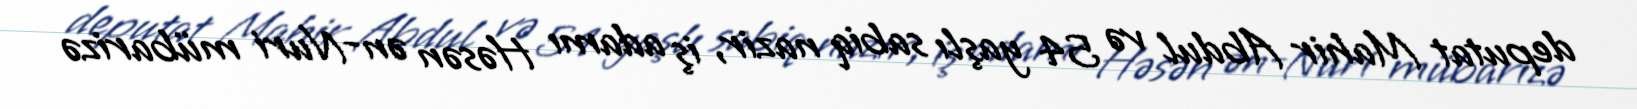
deputat Mahir Abdul və 54 yaşlı sabiq nazir, iş adamı Həsən ən-Nuri mübarizə